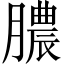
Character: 膿